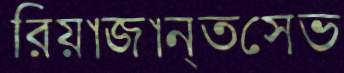
রিয়াজান্তসেভ